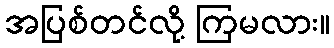
အပြစ်တင်လို့ ကြမလား။